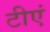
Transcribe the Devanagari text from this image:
टीएं